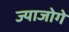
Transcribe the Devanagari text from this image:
ज्याजोगे